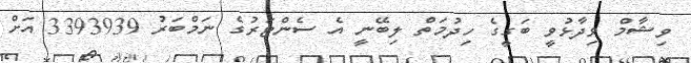
ވިޝާމް ވިދާޅުވީ ބަގީގެ ހިދުމަތް ލިބޭނީ އެ ސެންޓަރުގެ ނަމްބަރު 3393939 އަށް